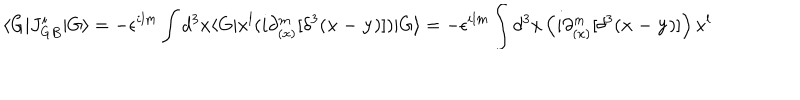
\langle G \vert J _ { G B } ^ { i } \vert G \rangle = - \epsilon ^ { i l m } \int d ^ { 3 } x \langle G \vert x ^ { l } ( i \partial _ { ( x ) } ^ { m } [ \delta ^ { 3 } ( { \bf x - y } ) ] ) \vert G \rangle = - \epsilon ^ { i l m } \int d ^ { 3 } x \left( i \partial _ { ( x ) } ^ { m } [ \delta ^ { 3 } ( { \bf x - y } ) ] \right) x ^ { l }